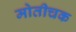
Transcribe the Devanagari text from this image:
मोतीचक